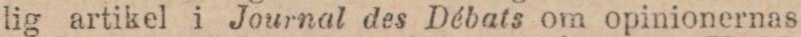
lig artikel i Journal des Débats om opinionernas